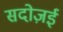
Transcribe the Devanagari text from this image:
सदोज़ई